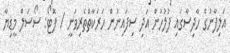
އަލިފާނުގެ ހާދިސާގައި ފުލުހުން އަދި ސިފައިނުން ހަރަކާތްްތެރިވަނީ / ފޮޓޯ: ސޯސަލް މީޑިޔާ